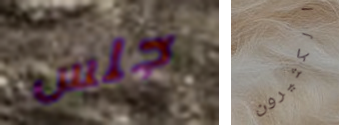
جلس الكثيرون